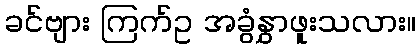
ခင်ဗျား ကြက်ဥ အခွံနွှာဖူးသလား။